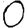
Digit: 0